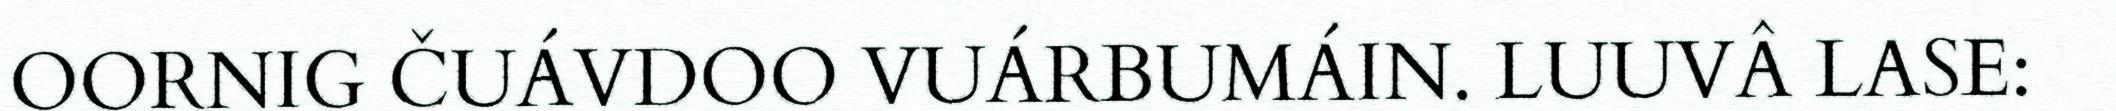
OORNIG ČUÁVDOO VUÁRBUMÁIN. LUUVÂ LASE: